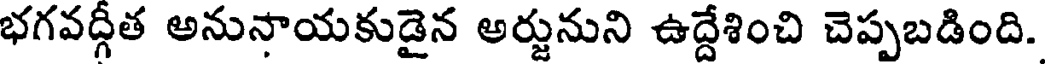
భగవద్గీత అనునాయకుడైన అర్జునుని ఉద్దేశించి చెప్పబడింది.